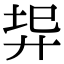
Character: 𢍇